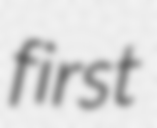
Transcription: first